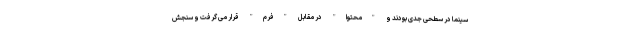
سینما در سطحی جدی بودند و "محتوا" در مقابل "فُرم" قرار می گرفت و سنجش